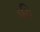
ડચિ